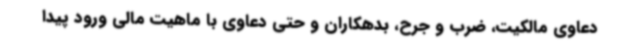
دعاوی مالکیت، ضرب و جرح، بدهکاران و حتی دعاوی با ماهیت مالی ورود پیدا